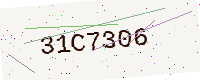
Text: 31C7306